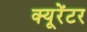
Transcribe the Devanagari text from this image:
क्यूरेंटर